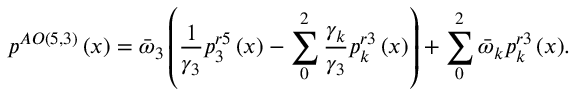
{ { p } ^ { A O \left( 5 , 3 \right) } } \left( x \right) = { { \bar { \omega } } _ { 3 } } \left( \frac { 1 } { { { \gamma } _ { 3 } } } p _ { 3 } ^ { r 5 } \left( x \right) - \sum _ { 0 } ^ { 2 } { \frac { { { \gamma } _ { k } } } { { { \gamma } _ { 3 } } } p _ { k } ^ { r 3 } \left( x \right) } \right) + \sum _ { 0 } ^ { 2 } { { { { \bar { \omega } } } _ { k } } p _ { k } ^ { r 3 } \left( x \right) } .